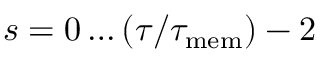
s = 0 \dots ( \tau / \tau _ { \mathrm { m e m } } ) - 2